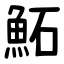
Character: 鮖